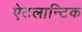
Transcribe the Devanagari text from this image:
ऐटलान्टिक